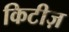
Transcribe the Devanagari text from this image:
किटीज़